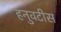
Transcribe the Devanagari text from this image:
हनुवटीस